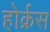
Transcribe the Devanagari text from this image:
होर्क्रस